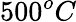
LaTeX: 500^{o}C